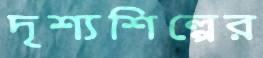
দৃশ্যশিল্পের